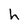
Character: h